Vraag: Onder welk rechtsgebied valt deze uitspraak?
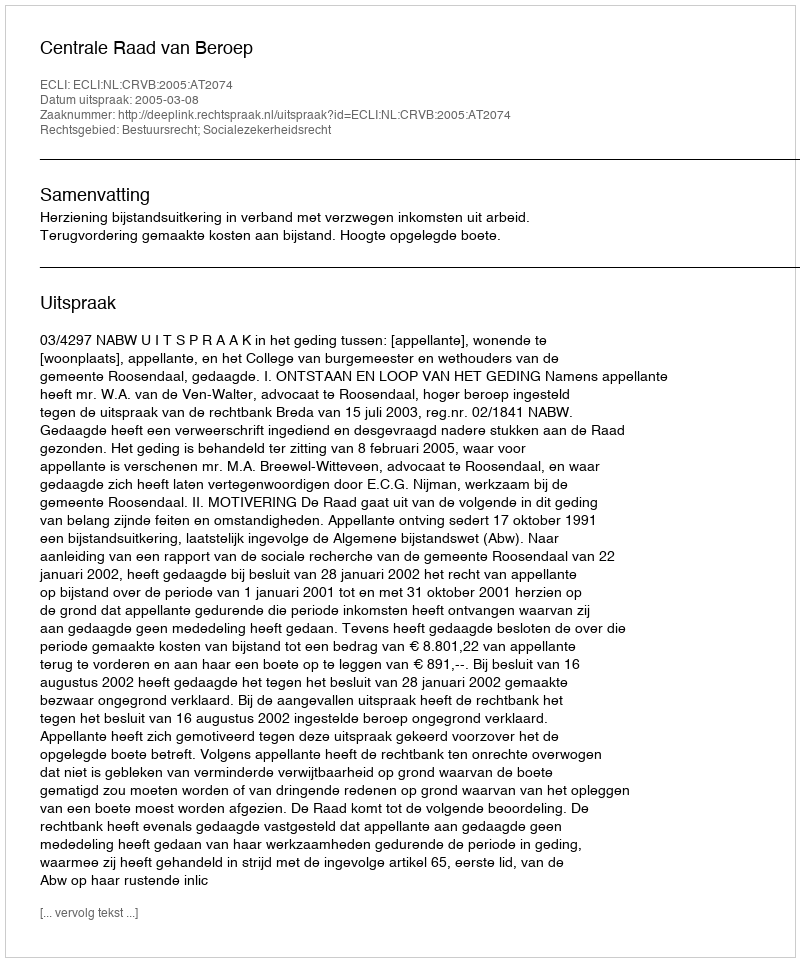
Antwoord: Bestuursrecht; Socialezekerheidsrecht